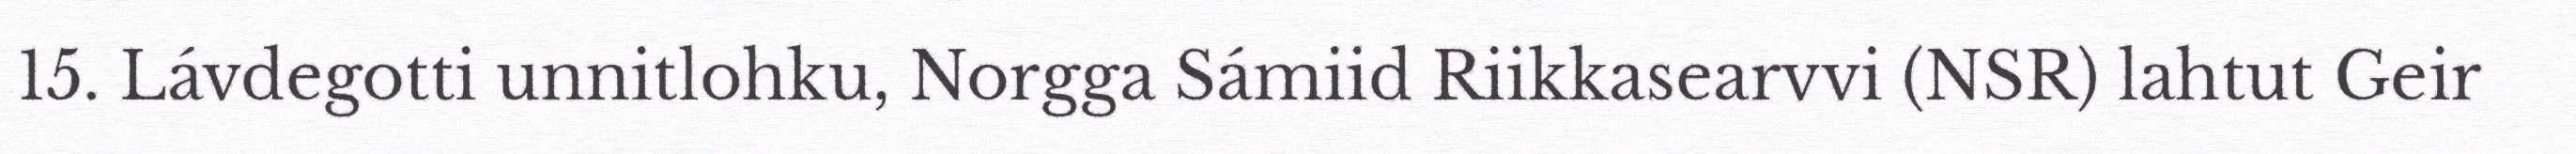
15. Lávdegotti unnitlohku, Norgga Sámiid Riikkasearvvi (NSR) lahtut Geir